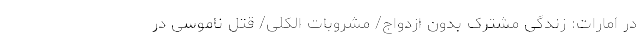
در امارات: زندگی مشترک بدون ازدواج/ مشروبات الکلی/ قتل ناموسی در